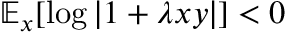
\mathbb { E } _ { x } [ \log | 1 + \lambda x y | ] < 0